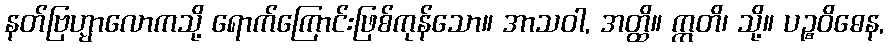
နတ်ဗြဟ္မာလောကသို့ ရောက်ကြောင်းဖြစ်ကုန်သော။ အာသဝါ, အတ္ထိ။ ဣတိ၊ သို့။ ပဉ္စဝိဓေန,